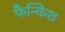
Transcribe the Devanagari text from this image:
फैन्किश